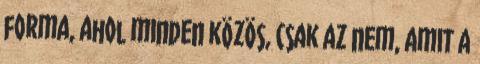
forma, ahol minden közös, csak az nem, amit a